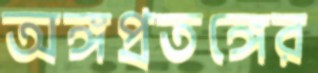
অঙ্গপ্রতঙ্গের